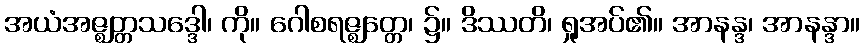
အယံအဇ္ဈတ္တသဒ္ဒေါ၊ ကို။ ဂေါစရဇ္ဈတ္တေ၊ ၌။ ဒိဿတိ၊ ရှုအပ်၏။ အာနန္ဒ၊ အာနန္ဒာ။